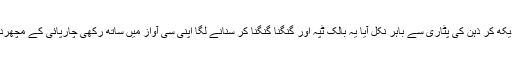
سو آسمان پر بادلوں کی ٹولیوں کی چندا ماموں کیساتھ اٹکھیلیاں دیکھ کر ذہن کی پٹاری سے باہر نکل آیا یہ بالک ٹپہ اور گنگنا گنگنا کر سنانے لگا اپنی سی آواز میں ساتھ رکھی چارپائی کے مچھردانی کے حصار میں چھپی بیگم المعروف اپنی بے غم صاحبہ کو۔